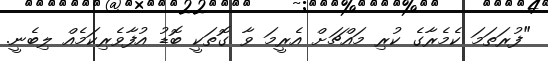
"ފުރަތަމަ ކެމެރާގެ ކުރި މައްޗަށް އެރީމަ ވާ ގޮތަކީ ބޮޑު އުފާވެރިކަމެއް ލިބެނީ.